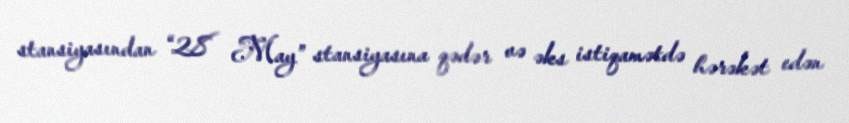
stansiyasından “28 May” stansiyasına qədər və əks istiqamətdə hərəkət edən